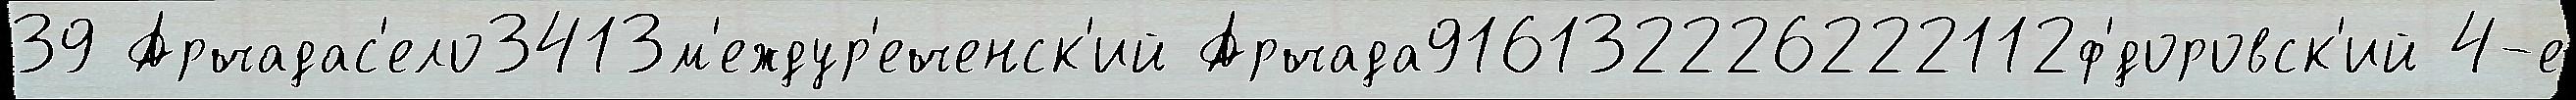
39 Арчадас'ело3413м'еждур'еченск'ий Арчада916132226222112ф'́доровск'ий 4-е